Civil Veterinary Dept. Bombay admin report 1932-41 - 1932-1941
Year: 1932
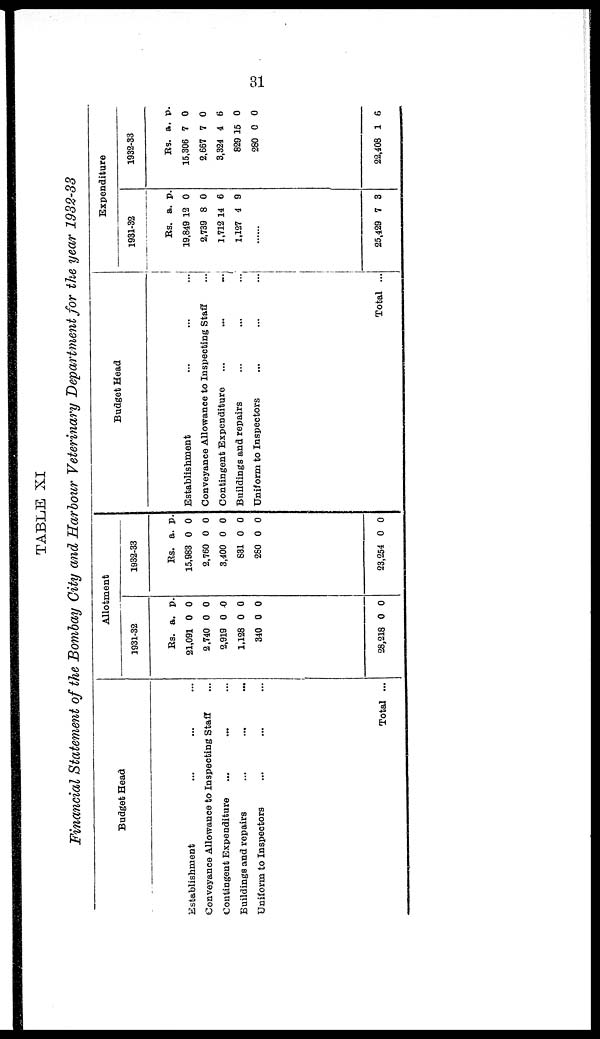
31
TABLE XI
Financial Statement of the Bombay City and Harbour Veterinary Department for the year 1932-33
Budget Head
Establishment ... ... ...
Conveyance Allowance to Inspecting Staff ...
Contingent Expenditure … … …
Buildings and repairs ... ... ...
Uniform to Inspectors … … …
Total ...
Allotment
1931-32
Rs.
21,091
2.740
2,919
1,128
340
28,218
a.
0
0
0
0
0
0
p.
0
0
0
0
0
0
1932-33
Rs.
15,883
2,760
3,400
831
280
23,254
a.
0
0
0
0
0
0
p.
0
0
0
0
0
0
Budget Head
Establishment … … …
Conveyance Allowance to Inspecting Staff ...
Contingent Expenditure … … …
Buildings and repairs … … …
Uniform to Inspectors ... ... ...
Total ...
Expenditure
1931-32
Rs.
19,849
2,739
1,712
1,127
…...
25,429
a.
12
8
14
4
7
p.
0
0
6
9
3
1932-33
Rs.
15,306
2,667
3,324
829
280
22,408
a.
7
7
4
15
0
1
p.
0
0
6
0
0
6